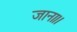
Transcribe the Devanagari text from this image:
जाना।।